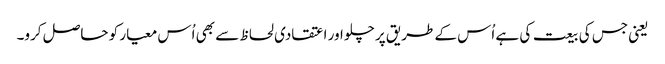
یعنی جس کی بیعت کی ہے اُس کے طریق پر چلو اور اعتقادی لحاظ سے بھی اُس معیار کو حاصل کرو۔